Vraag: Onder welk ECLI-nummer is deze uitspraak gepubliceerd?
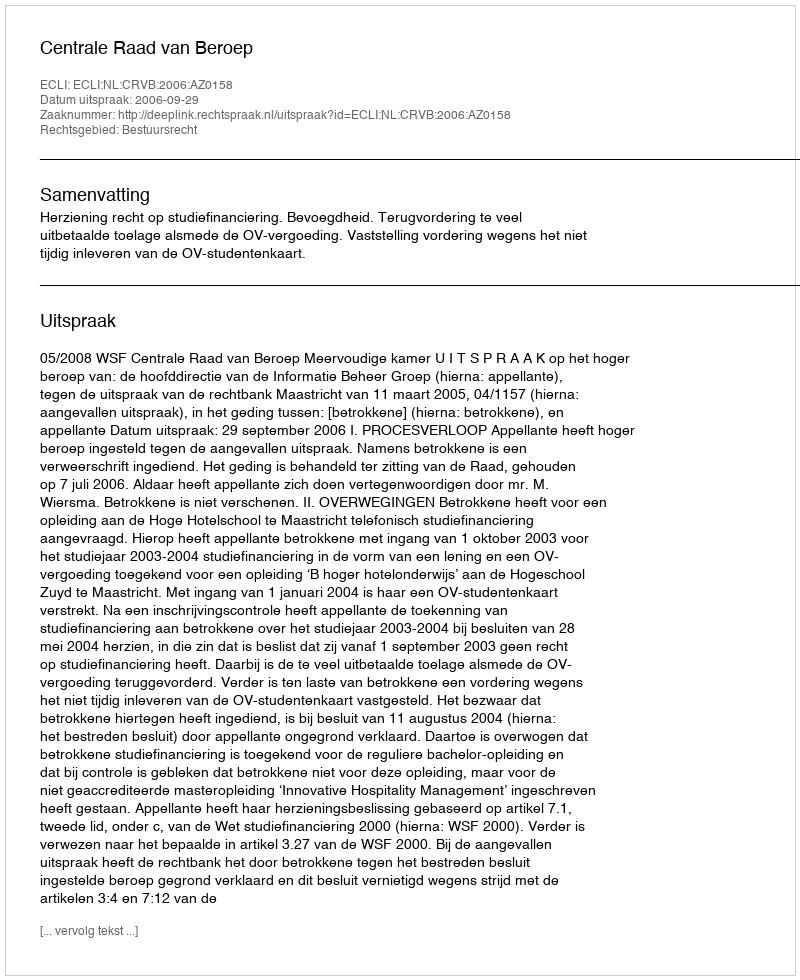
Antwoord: ECLI:NL:CRVB:2006:AZ0158